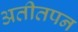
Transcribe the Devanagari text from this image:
अतीतपन